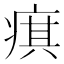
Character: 𤷍